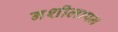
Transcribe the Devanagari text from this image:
नशीलापन